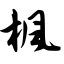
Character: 枫